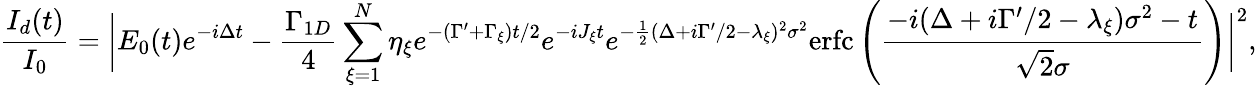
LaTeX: \frac{I_{d}(t)}{I_{0}}=\bigg|E_{0}(t)e^{-i\Delta t}-\frac{\Gamma_{1D}}{4}\sum_{\xi=1}^{N}\eta_{\xi}e^{-(\Gamma^{\prime}+\Gamma_{\xi})t/2}e^{-iJ_{\xi}t}e^{-\frac{1}{2}(\Delta+i\Gamma^{\prime}/2-\lambda_{\xi})^{2}\sigma^{2}}\mathrm{erfc}\left(\frac{-i(\Delta+i\Gamma^{\prime}/2-\lambda_{\xi})\sigma^{2}-t}{\sqrt{2}\sigma}\right)\bigg|^{2},